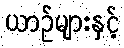
ယာဉ်များနှင့်